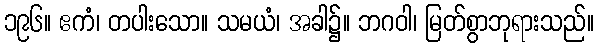
၁၉၆။ ဧကံ၊ တပါးသော။ သမယံ၊ အခါ၌။ ဘဂဝါ၊ မြတ်စွာဘုရားသည်။